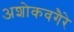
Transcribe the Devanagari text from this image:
अशोकवगैरे